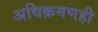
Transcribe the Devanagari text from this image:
अधिक्रमणही